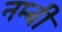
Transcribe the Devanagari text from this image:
नम्बी